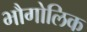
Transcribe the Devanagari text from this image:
भौगोलिक